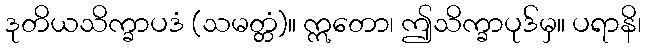
ဒုတိယသိက္ခာပဒံ (သမတ္တံ)။ ဣတော၊ ဤသိက္ခာပုဒ်မှ။ ပရာနိ၊